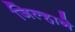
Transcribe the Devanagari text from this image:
जिल्हाने